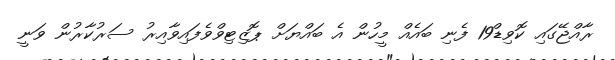
ރާއްޖޭގައި ކޮވިޑް19 ފެނި ބައެއް މީހުން އެ ބައްޔަށް ޕޮޒިޓިވްވެފައިވާއިރު ސަރުކާރުން ވަނީ